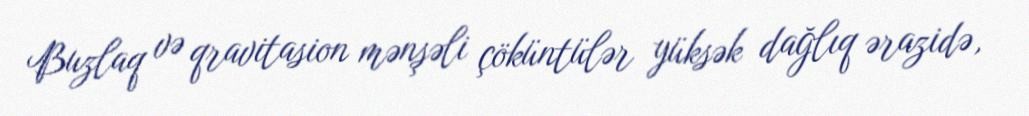
Buzlaq və qravitasion mənşəli çöküntülər yüksək dağlıq ərazidə,